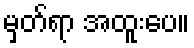
မှတ်ရာ အထူးပေ။